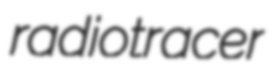
radiotracer